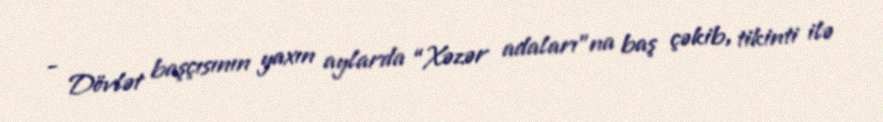
- Dövlət başçısının yaxın aylarda “Xəzər adaları”na baş çəkib, tikinti ilə